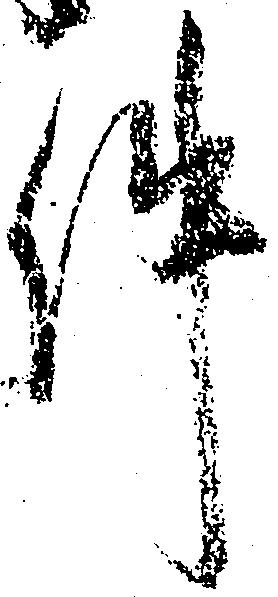
件